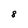
Character: 8